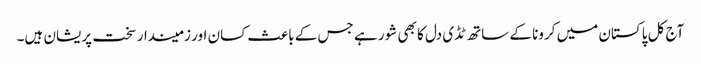
آج کل پاکستان میں کرونا کے ساتھ ٹڈی دل کا بھی شور ہے جس کے باعث کسان اور زمیندار سخت پریشان ہیں۔